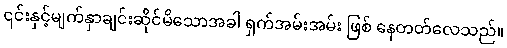
၎င်းနှင့်မျက်နှာချင်းဆိုင်မိသောအခါ ရှက်အမ်းအမ်း ဖြစ် နေတတ်လေသည်။